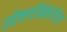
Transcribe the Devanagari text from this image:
उद्देशपत्रिकेतील